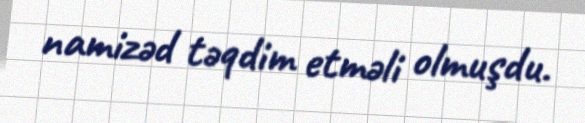
namizəd təqdim etməli olmuşdu.